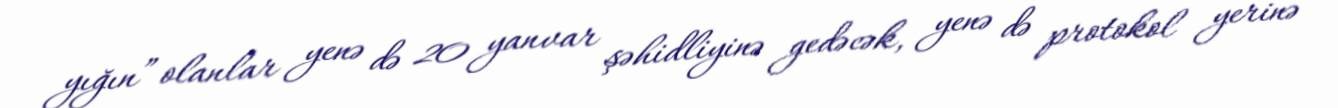
yığın” olanlar yenə də 20 yanvar şəhidliyinə gedəcək, yenə də protokol yerinə